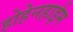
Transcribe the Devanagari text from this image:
होहेनहाईम